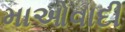
માઓવાદી